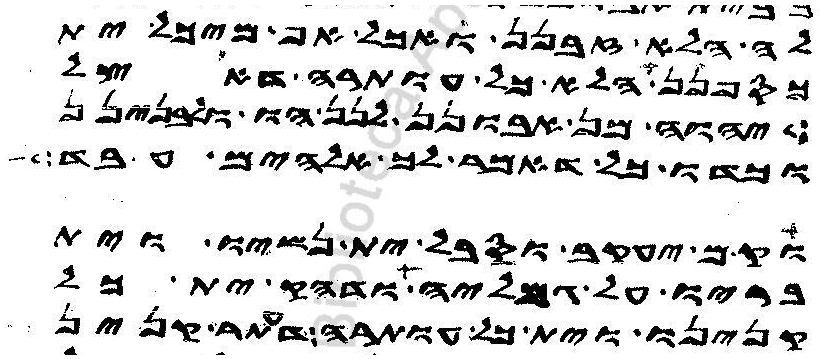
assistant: לה הלא זבנן ואכל אף מיכל ית
כספנן הלא כל עותרה דאצל
יהוה מן אבונן לנן הו ולבנינן
וכדו כל דאמר לך אלהים עבד
וקם יעקב וסבל ית נשיו וית
בריו על גמליה ודהק ית כל
קנינו וית כל עותרה דעתר קנין